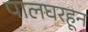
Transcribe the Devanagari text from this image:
पालघरहून